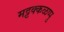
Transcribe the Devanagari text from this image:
मट्टक्कळप्पु